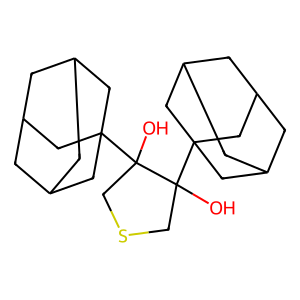
SMILES: OC1(C23CC4CC(CC(C4)C2)C3)CSCC1(O)C12CC3CC(CC(C3)C1)C2
Inhibits HIV replication: No